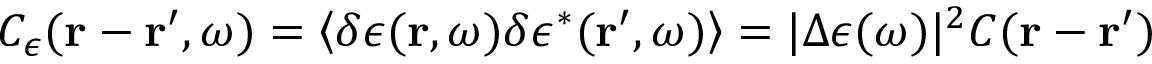
C _ { \epsilon } ( \boldsymbol { \mathbf { r } } - \boldsymbol { \mathbf { r } } ^ { \prime } , \omega ) = \left\langle \delta \epsilon ( \boldsymbol { \mathbf { r } } , \omega ) \delta \epsilon ^ { * } ( \boldsymbol { \mathbf { r } } ^ { \prime } , \omega ) \right\rangle = | \Delta \epsilon ( \omega ) | ^ { 2 } C ( \boldsymbol { \mathbf { r } } - \boldsymbol { \mathbf { r } } ^ { \prime } )